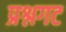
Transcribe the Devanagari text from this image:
प्रश्नगट